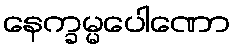
နေက္ခမ္မပေါဏော